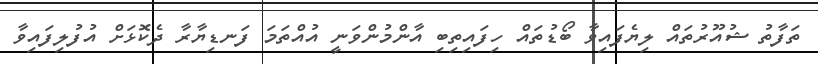
ތަފާތު ޝުއޫރުތައް ލިޔެފައިވާ ބޯޑުތައް ހިފައިތިބި އާންމުންވަނީ އުއްތަމަ ފަނޑިޔާރާ ދެކޮޅަށް އުފުލިފައިވާ